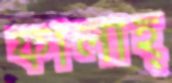
ফালাহ্